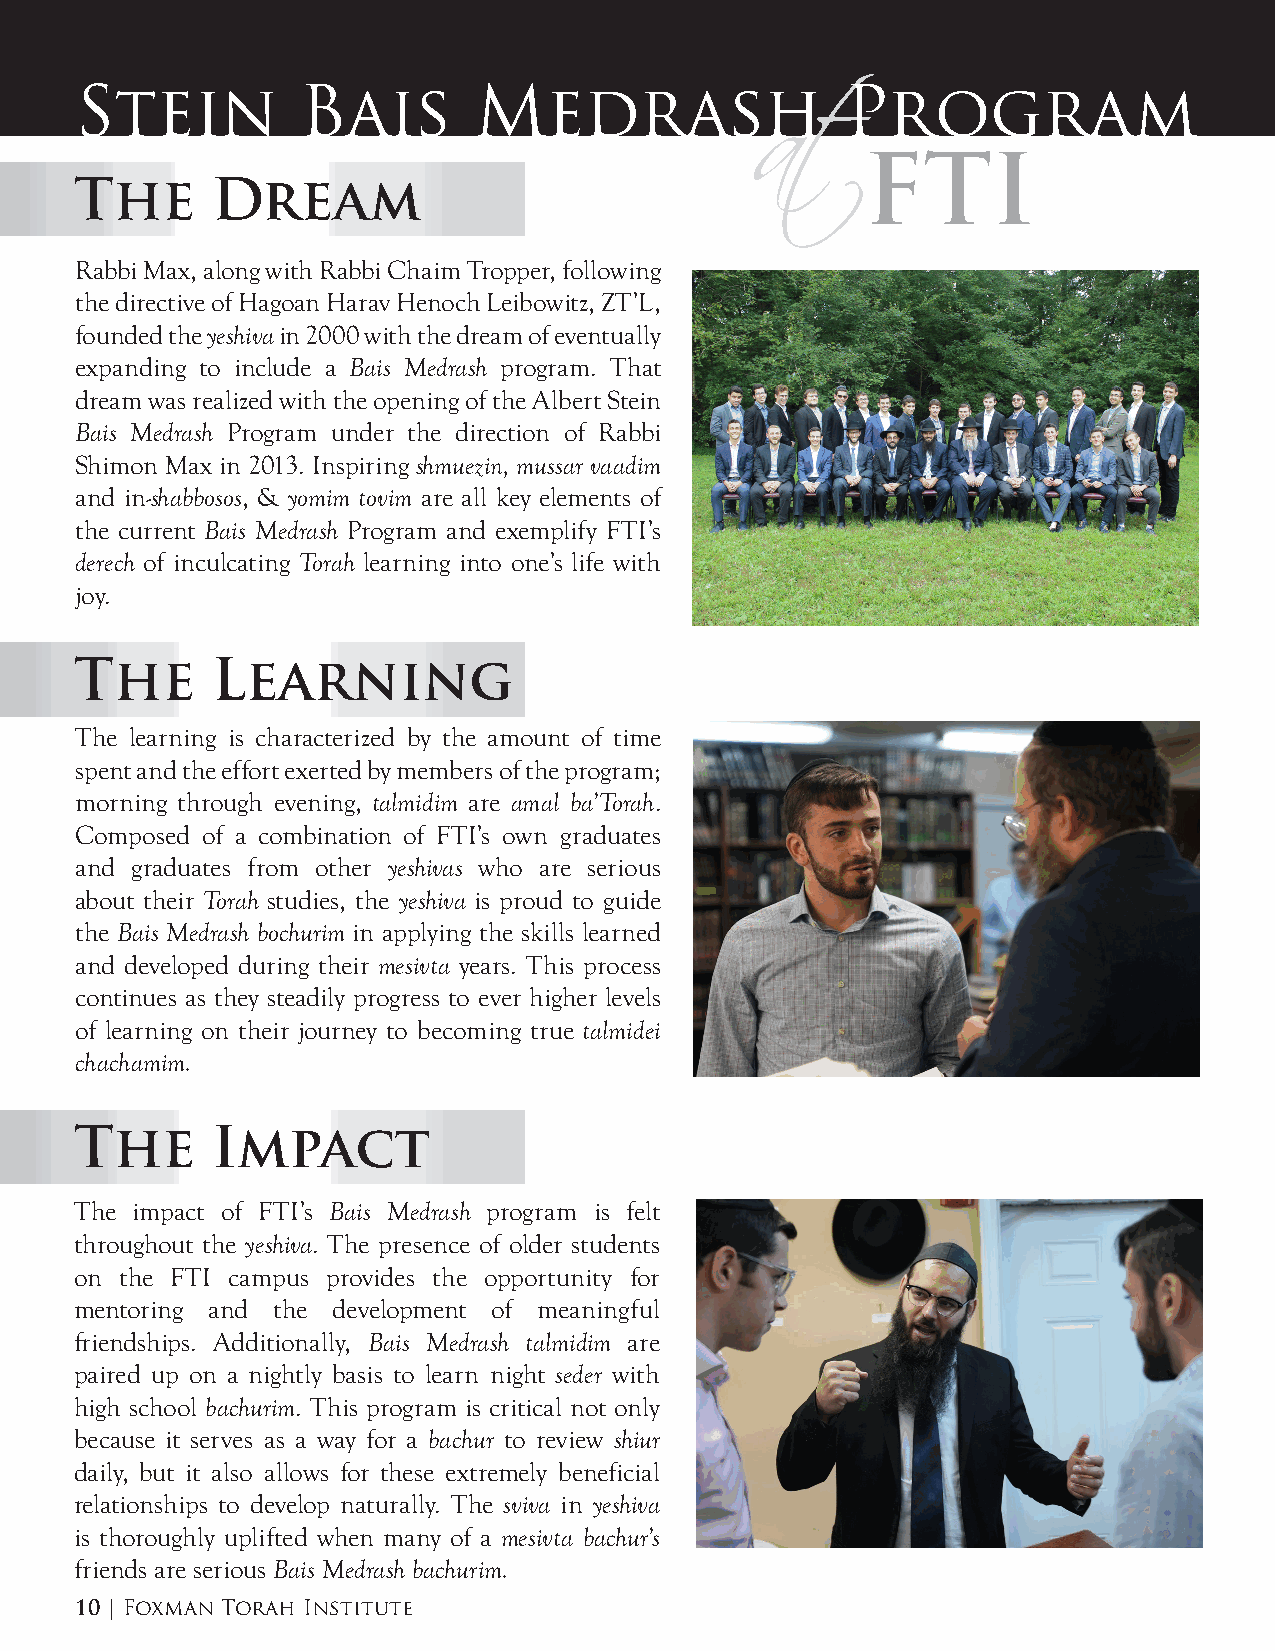
Stein          Bais       Medrash                  Program
 FTI
 The      Dream                               at
 Rabbi Max, along with Rabbi Chaim Tropper, following
 the directive of Hagoan Harav Henoch Leibowitz, ZT’L,
 founded the yeshiva in 2000 with the dream of eventually
 expanding to include a Bais Medrash program. That
 dream was realized with the opening of the Albert Stein
 Bais Medrash Program under the direction of Rabbi
 Shimon Max in 2013. Inspiring shmuezin, mussar vaadim
 and in-shabbosos, & yomim tovim are all key elements of
 the current Bais Medrash Program and exemplify FTI’s
 derech of inculcating Torah learning into one’s life with
 joy.
 The      Learning
 The learning is characterized by the amount of time
 spent and the effort exerted by members of the program;
 morning through evening, talmidim are amal ba’Torah.
 Composed of a combination of FTI’s own graduates
 and graduates from other yeshivas who are serious
 about their Torah studies, the yeshiva is proud to guide
 the Bais Medrash bochurim in applying the skills learned
 and developed during their mesivta years. This process
 continues as they steadily progress to ever higher levels
 of learning on their journey to becoming true talmidei
 chachamim.
 The      Impact
 The impact of FTI’s Bais Medrash program is felt
 throughout the yeshiva. The presence of older students
 on the FTI campus provides the opportunity for
 mentoring and the development of meaningful
 friendships. Additionally, Bais Medrash talmidim are
 paired up on a nightly basis to learn night seder with
 high school bachurim. This program is critical not only
 because it serves as a way for a bachur to review shiur
 daily, but it also allows for these extremely beneficial
 relationships to develop naturally. The sviva in yeshiva
 is thoroughly uplifted when many of a mesivta bachur’s
 friends are serious Bais Medrash bachurim.
 10 | Foxman Torah Institute